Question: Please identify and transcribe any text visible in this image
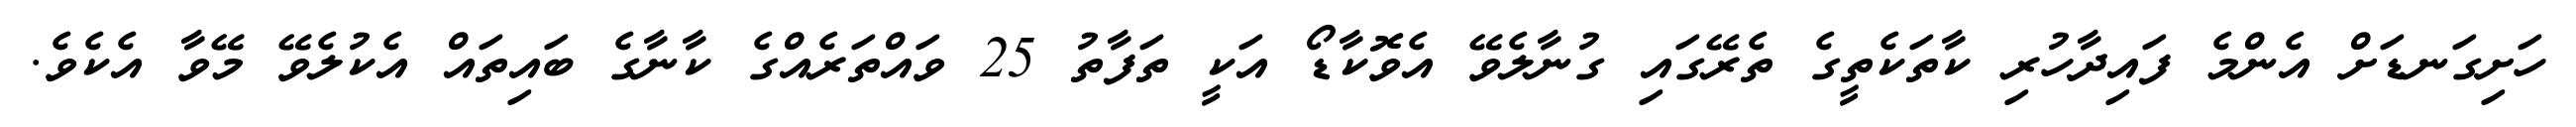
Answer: ހަށިގަނޑަށް އެންމެ ފައިދާހުރި ކާތަކެތީގެ ތެރޭގައި ގުނާލެވޭ އެވޮކާޑޯ އަކީ ތަފާތު 25 ވައްތަރެއްގެ ކާނާގެ ބައިތައް އެކުލެވޭ މޭވާ އެކެވެ.